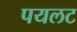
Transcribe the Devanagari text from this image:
पयलट